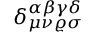
\delta _ { \mu \nu \varrho \sigma } ^ { \alpha \beta \gamma \delta }